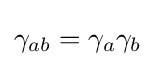
\gamma _{ab}=\gamma _{a}\gamma _{b}